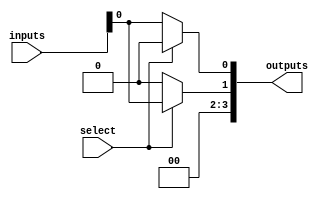
module demux_2to4 (
    input [1:0] inputs,
    input select,
    output [3:0] outputs
);

wire [3:0] outputs;

assign outputs[0] = (select == 2'b00) ? inputs[0] : 1'b0;
assign outputs[1] = (select == 2'b01) ? inputs[0] : 1'b0;
assign outputs[2] = (select == 2'b10) ? inputs[1] : 1'b0;
assign outputs[3] = (select == 2'b11) ? inputs[1] : 1'b0;

endmodule